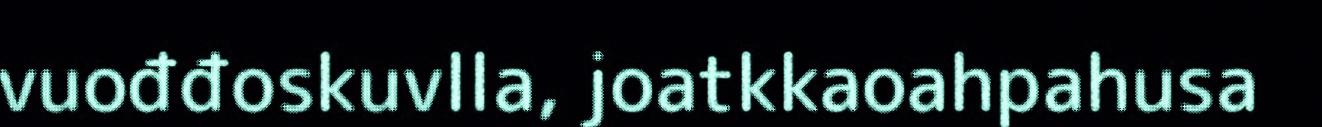
vuođđoskuvlla, joatkkaoahpahusa